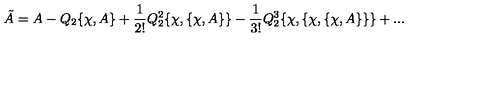
\tilde { A } = A - Q _ { 2 } \{ \chi , A \} + { \frac { 1 } { 2 ! } } Q _ { 2 } ^ { 2 } \{ \chi , \{ \chi , A \} \} - { \frac { 1 } { 3 ! } } Q _ { 2 } ^ { 3 } \{ \chi , \{ \chi , \{ \chi , A \} \} \} + . . .